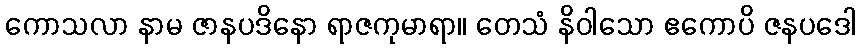
ကောသလာ နာမ ဇာနပဒိနော ရာဇကုမာရာ။ တေသံ နိဝါသော ဧကောပိ ဇနပဒေါ